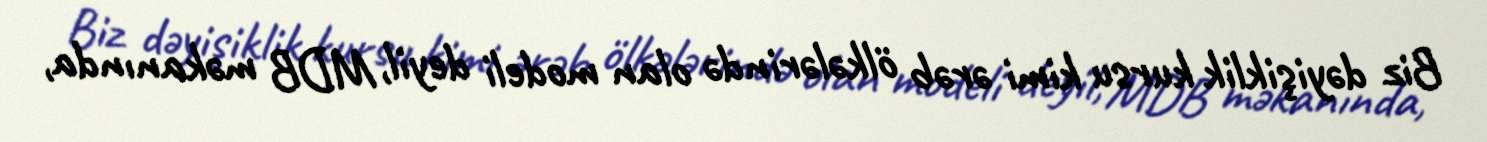
Biz dəyişiklik kursu kimi ərəb ölkələrində olan modeli deyil, MDB məkanında,